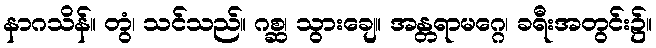
နာဂသိန်။ တွံ၊ သင်သည်။ ဂစ္ဆ၊ သွားချေ။ အန္တရာမဂ္ဂေ၊ ခရီးအတွင်း၌။